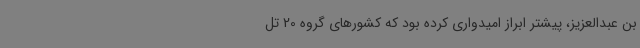
بن عبدالعزیز، پیشتر ابراز امیدواری کرده بود که کشورهای گروه 20 تل